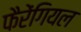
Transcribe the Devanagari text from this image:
फैरेंगियल